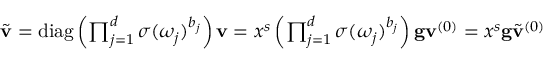
\begin{array} { r } { \tilde { \mathbf { v } } = \operatorname { d i a g } \left( \prod _ { j = 1 } ^ { d } \sigma ( \omega _ { j } ) ^ { b _ { j } } \right) \mathbf { v } = x ^ { s } \left( \prod _ { j = 1 } ^ { d } \sigma ( \omega _ { j } ) ^ { b _ { j } } \right) \mathbf { g } \mathbf { v } ^ { ( 0 ) } = x ^ { s } \mathbf { g } \tilde { \mathbf { v } } ^ { ( 0 ) } } \end{array}